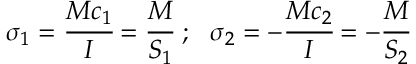
\sigma _ { 1 } = { \cfrac { M c _ { 1 } } { I } } = { \cfrac { M } { S _ { 1 } } } ~ ; ~ ~ \sigma _ { 2 } = - { \cfrac { M c _ { 2 } } { I } } = - { \cfrac { M } { S _ { 2 } } }